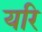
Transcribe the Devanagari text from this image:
यरि